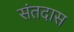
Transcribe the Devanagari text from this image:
संतदास